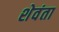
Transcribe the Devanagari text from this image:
शेवंता